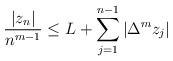
LaTeX: \begin{align*}\frac{|z_n|}{n^{m-1}}\leq L+\sum_{j=1}^{n-1}|\Delta^mz_j|\end{align*}